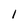
Character: l